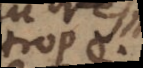
trop